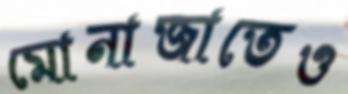
মোনাজাতেও